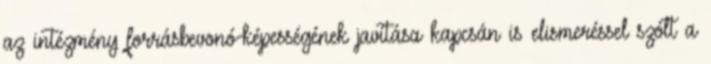
az intézmény forrásbevonó-képességének javítása kapcsán is elismeréssel szólt a